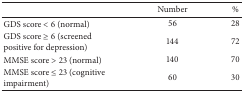
<table><thead><tr><td><b> </b></td><td><b>Number</b></td><td><b>%</b></td></tr></thead><tbody><tr><td>GDS score &lt; 6 (normal)</td><td>56</td><td>28</td></tr><tr><td>GDS score ≥ 6 (screened positive for depression)</td><td>144</td><td>72</td></tr><tr><td>MMSE score &gt; 23 (normal)</td><td>140</td><td>70</td></tr><tr><td>MMSE score ≤ 23 (cognitive impairment) </td><td>60</td><td>30</td></tr></tbody></table>